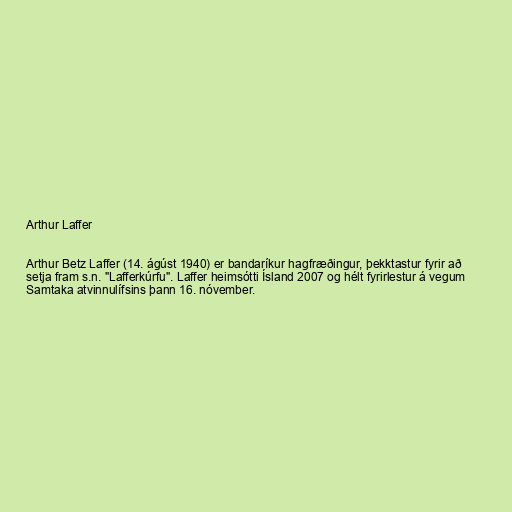
Arthur Laffer

Arthur Betz Laffer (14. ágúst 1940) er bandaríkur hagfræðingur, þekktastur fyrir að
setja fram s.n. "Lafferkúrfu". Laffer heimsótti Ísland 2007 og hélt fyrirlestur á vegum
Samtaka atvinnulífsins þann 16. nóvember.